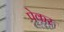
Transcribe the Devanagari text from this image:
पेकर